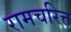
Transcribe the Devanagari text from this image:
रामचरित्त